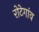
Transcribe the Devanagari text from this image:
रोटेगांव